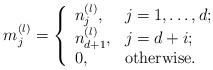
LaTeX: \begin{align*}m_j^{(l)}=\left\{ \begin{array}{ll} n_j^{(l)}, & \hbox{$j=1,\ldots,d$;} \\ n_{d+1}^{(l)}, & \hbox{$j=d+i$;}\\ 0,& \hbox{otherwise.} \end{array}\right.\end{align*}